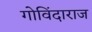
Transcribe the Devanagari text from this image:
गोविंदाराज